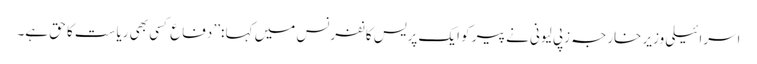
اسرائیلی وزیر خارجہ زپی لیونی نے پیر کو ایک پریس کانفرنس میں کہا :’’ دفاع کسی بھی ریاست کا حق ہے۔